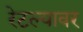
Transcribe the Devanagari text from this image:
रेटल्यावर